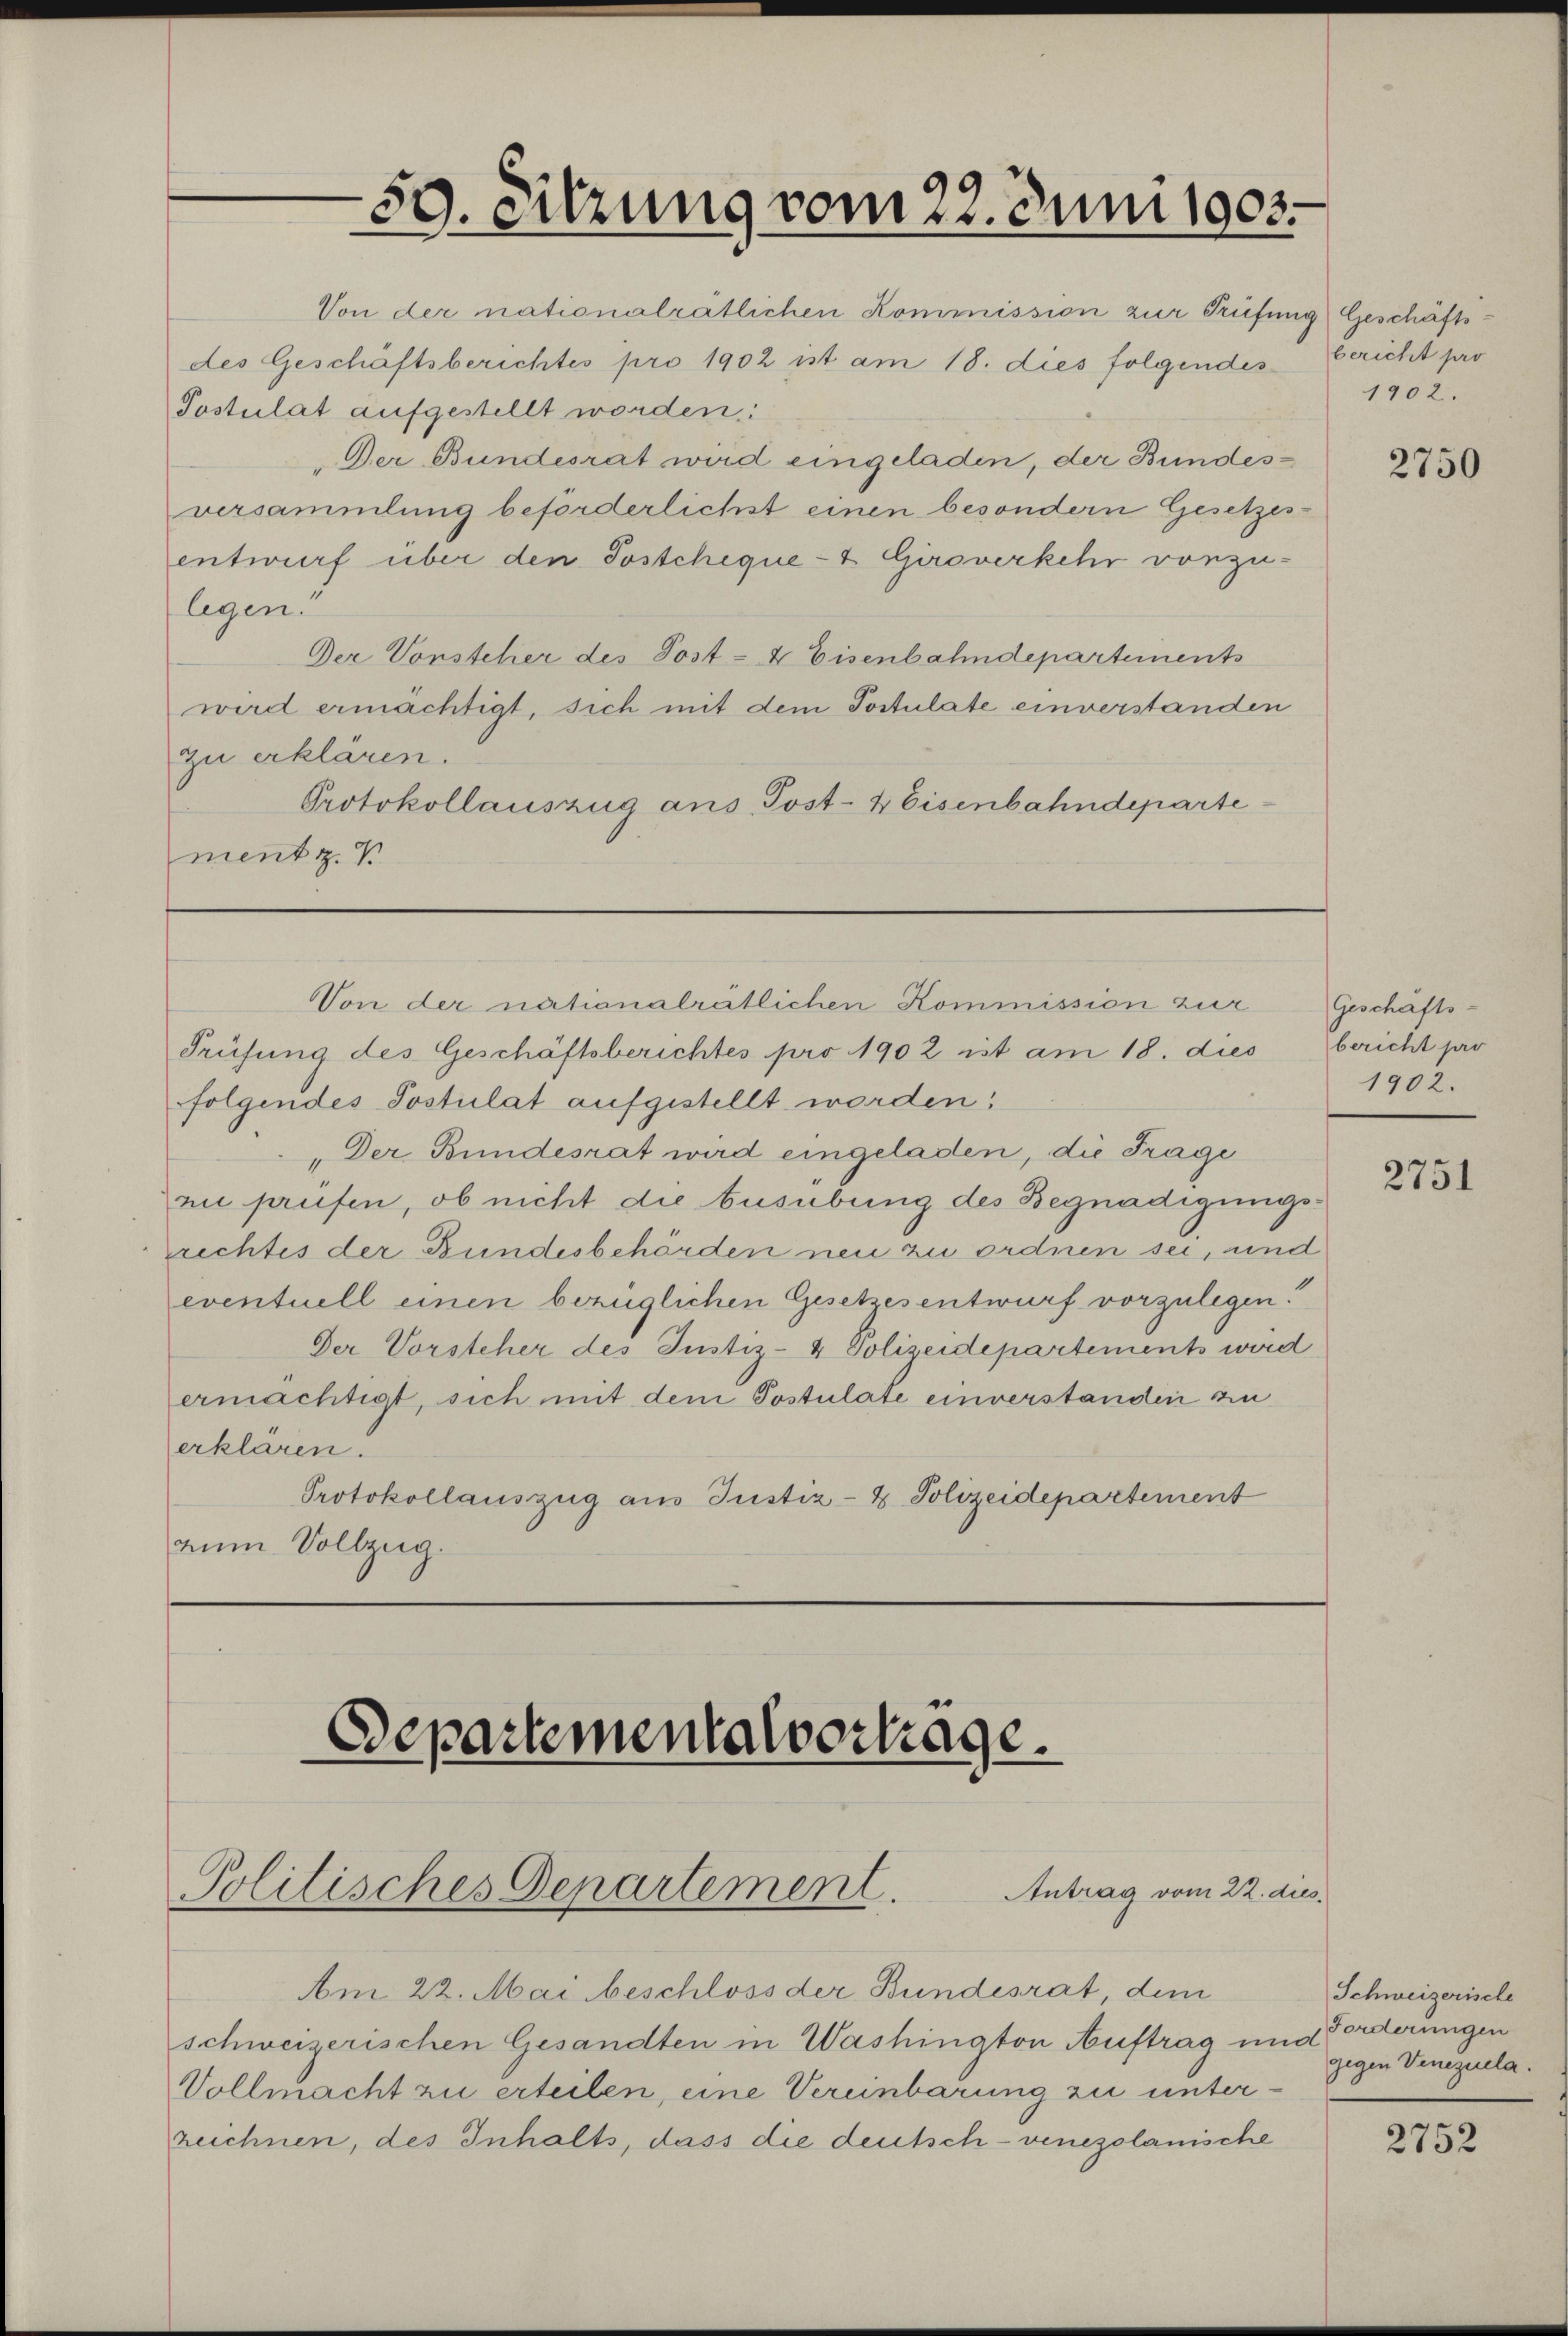
59. Sitzung vom 22. Juni 1903.

Von der nationalrätlichen Kommission zur Prüfung Geschäftsdes Geschäftsberichtes pro 1902 ist am 18. dies folgendes
Postulat aufgestellt worden:
Der Bundesrat wird eingeladen, der Bundesversammlung beförderlichst einen besondern Gesetzes-
entwurf über den Postcheque-t Giroverkehr vorzulegen.
Der Vorsteher des Post- & Eisenbahndepartements
wird ermächtigt, sich mit dem Postulate einverstanden
zu erklären.
Protokollauszug aus Post- & Eisenbahndeparte
ment z. V

m 22. Mai beschloss der Bundesrat, dem
schweizerischen Gesandten in Washington Auftrag und Forderungen
Vollmacht zu erteilen, eine Vereinbarung zu unterzeichnen, des Inhalts, dass die deutsch-venezolanische

Prüfung des Geschäftsberichtes pro 1902 ist am 18. dies
folgendes Postulat aufgestellt worden.
„Der Bundesrat wird eingeladen, die Frage
ni prüfen, ob nicht die Ausübung des Begnadigungsrrechtes der Bundesbehörden neu zu ordnen sei, und
eventuell einen bezüglichen Gesetzes entwurf vorzulegen.
Der Vorsteher des Justiz-4 Polizeidepartements wird
ermächtigt, sich mit dem Postulate einverstanden zu
erklären.
Protokollauszug aus Justiz- & Polizeidepartement
num Vollzug.

Departementalvertrage.

Politisches Departement

Von der nationalrätlichen Kommission zur

Antrag vom 22. dies

bericht pro
1902.

2750

Geschäfts-
bericht par
1902.

2751

Schweizerische
gegen Venezuela.

2752